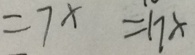
= 7 x = 1 7 x